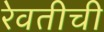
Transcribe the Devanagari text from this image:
रेवतीची